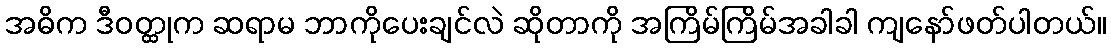
အဓိက ဒီဝတ္ထုက ဆရာမ ဘာကိုပေးချင်လဲ ဆိုတာကို အကြိမ်ကြိမ်အခါခါ ကျနော်ဖတ်ပါတယ်။